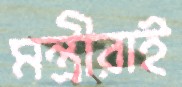
মন্ত্রীরাই